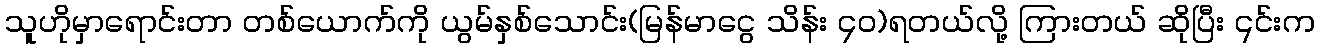
သူဟိုမှာရောင်းတာ တစ်ယောက်ကို ယွမ်နှစ်သောင်း(မြန်မာငွေ သိန်း ၄ဝ)ရတယ်လို့ ကြားတယ် ဆိုပြီး ၎င်းက